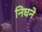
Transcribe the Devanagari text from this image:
निघने